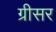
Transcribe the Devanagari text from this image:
ग्रीसर